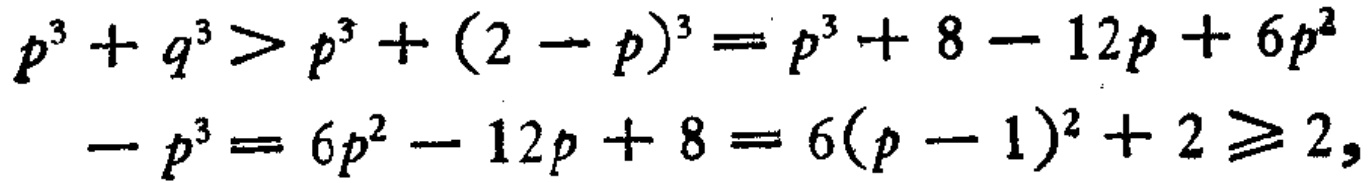
\[

\begin{align*}

p^{3}+q^{3}&>p^{3}+(2 - p)^{3}=p^{3}+8 - 12p + 6p^{2}\\

-p^{3}&=6p^{2}-12p + 8=6(p - 1)^{2}+2\geq2,

\end{align*}

\]